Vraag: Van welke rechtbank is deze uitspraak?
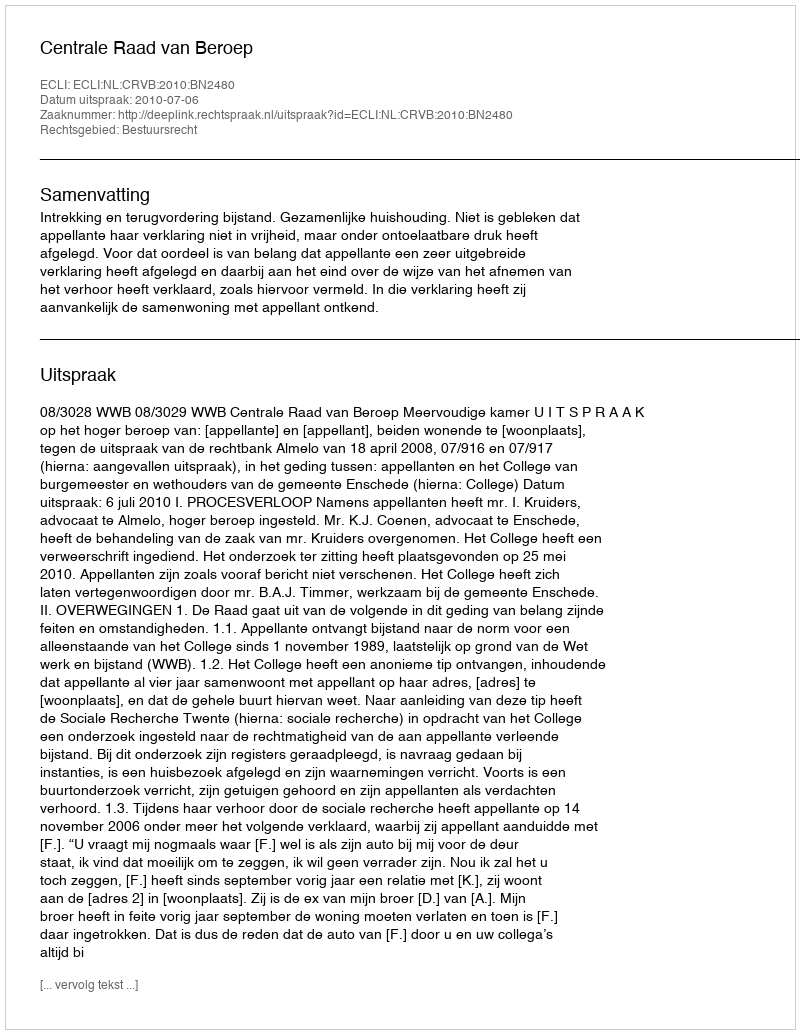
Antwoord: Centrale Raad van Beroep